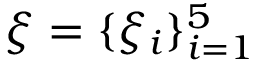
\xi = \{ \xi _ { i } \} _ { i = 1 } ^ { 5 }